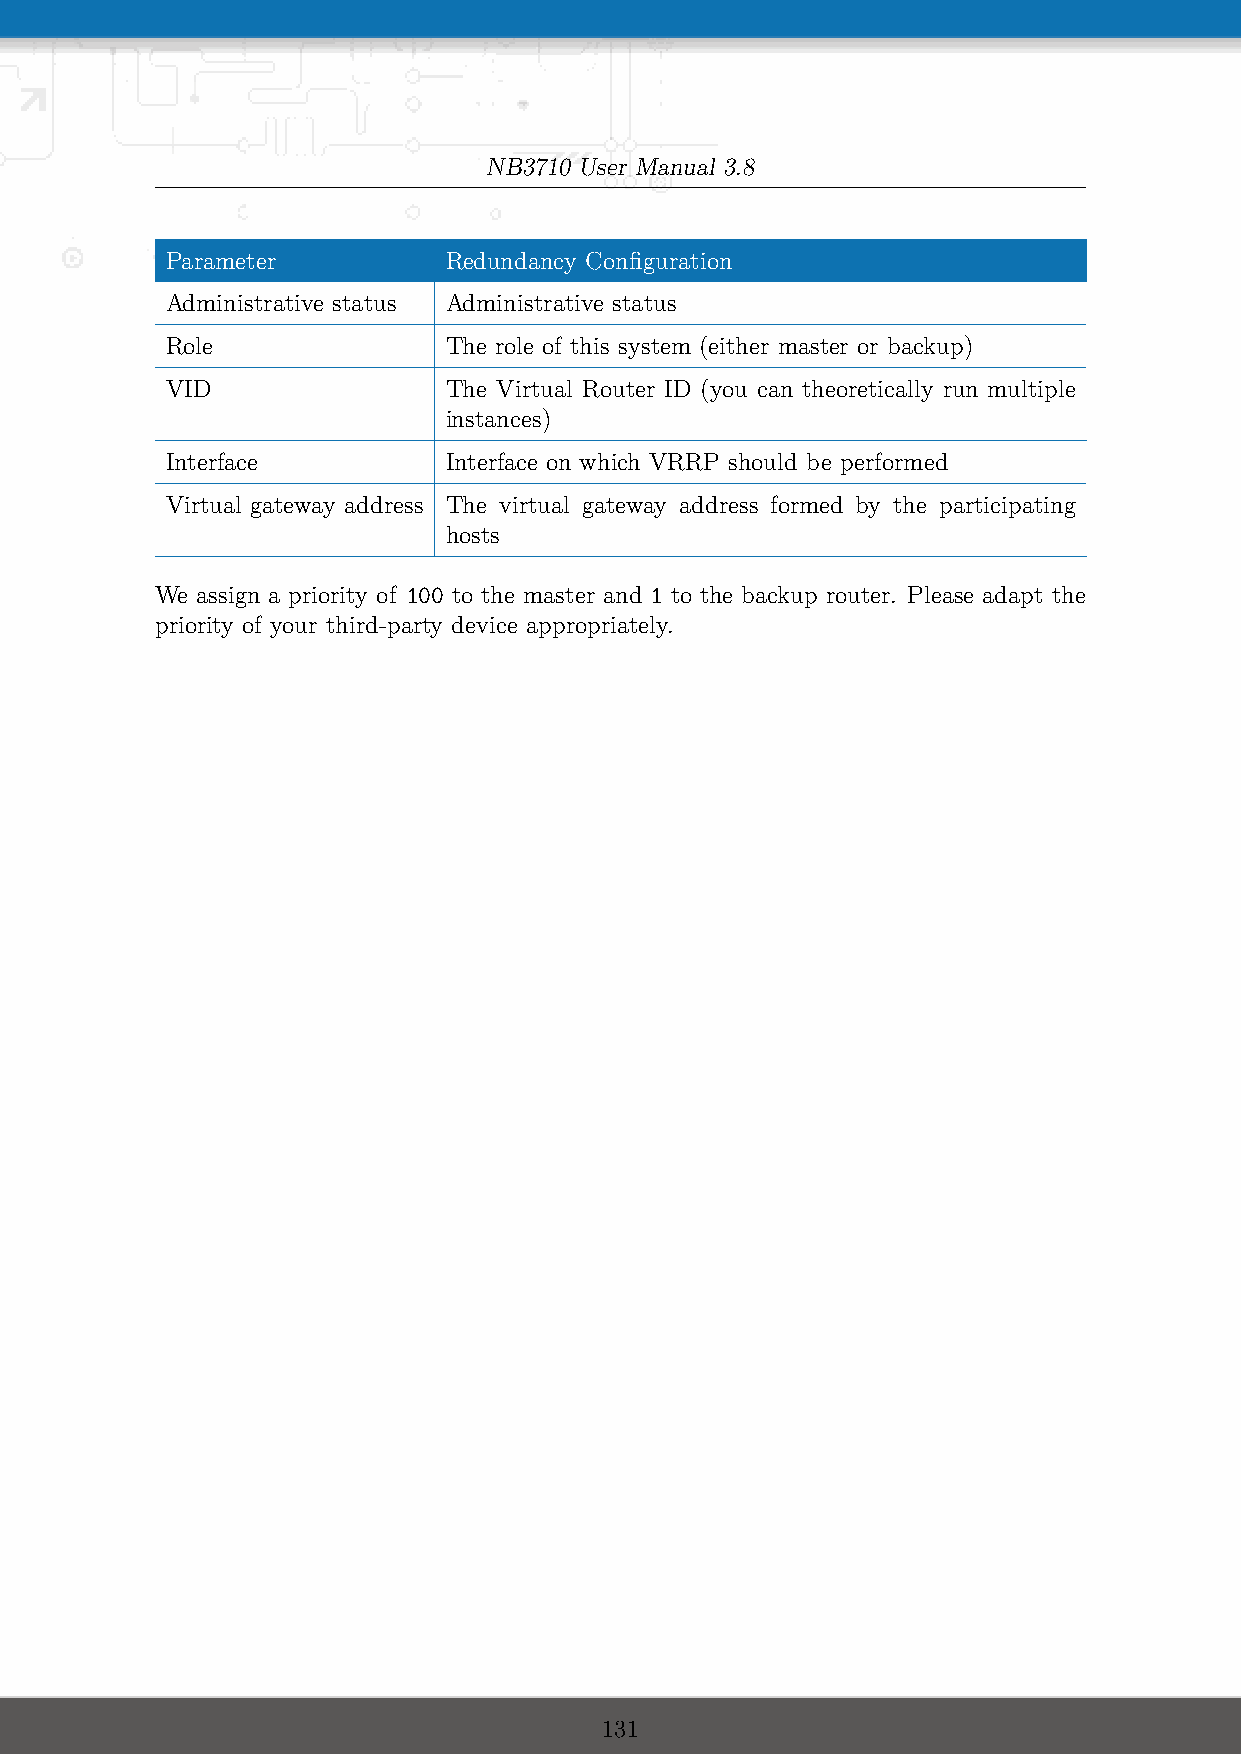
NB3710 User Manual 3.8
 Parameter         Redundancy Configuration
 Administrative status Administrative status
 Role              The role of this system (either master or backup)
 VID               The Virtual Router ID (you can theoretically run multiple
 instances)
 Interface         Interface on which VRRP should be performed
 Virtual gateway address The virtual gateway address formed by the participating
 hosts
 We assign a priority of 100 to the master and 1 to the backup router. Please adapt the
 priority of your third-party device appropriately.
 131